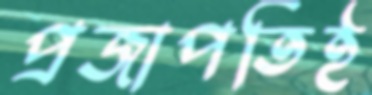
প্রজাপতিই